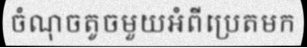
ចំណុចតូចមួយអំពីប្រេតមក